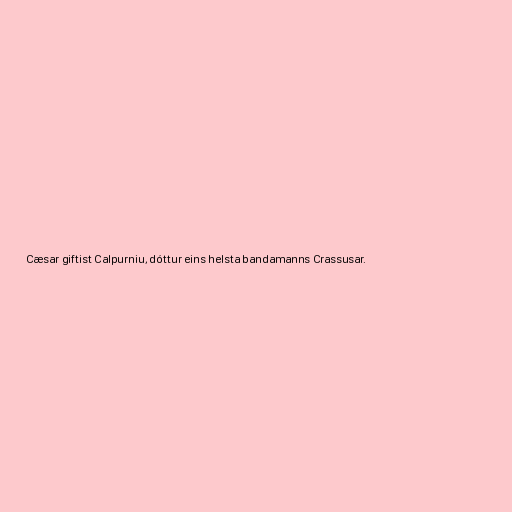
Cæsar giftist Calpurniu, dóttur eins helsta bandamanns Crassusar.